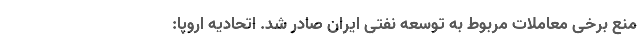
منع برخی معاملات مربوط به توسعه نفتی ایران صادر شد. اتحادیه اروپا: